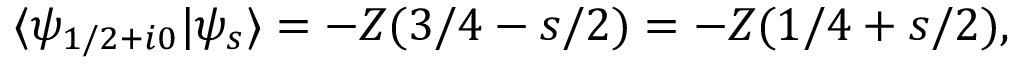
\langle \psi _ { 1 / 2 + i 0 } \vert \psi _ { s } \rangle = - Z ( 3 / 4 - s / 2 ) = - Z ( 1 / 4 + s / 2 ) ,